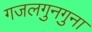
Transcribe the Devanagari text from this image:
गजलगुनगुना